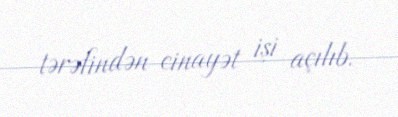
tərəfindən cinayət işi açılıb.